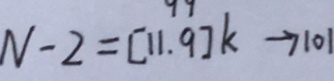
N - 2 = [ 1 1 . 9 ] k \rightarrow 1 0 1